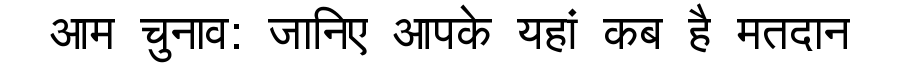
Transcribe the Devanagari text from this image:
आम चुनाव: जानिए आपके यहां कब है मतदान